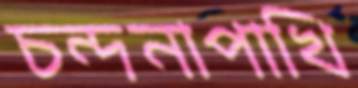
চন্দনাপাখি